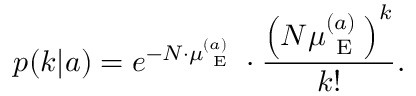
p ( k | a ) = e ^ { - N \cdot \mu _ { \mathrm { ~ E ~ } } ^ { ( a ) } } \cdot \frac { \left( N \mu _ { \mathrm { ~ E ~ } } ^ { ( a ) } \right) ^ { k } } { k ! } .